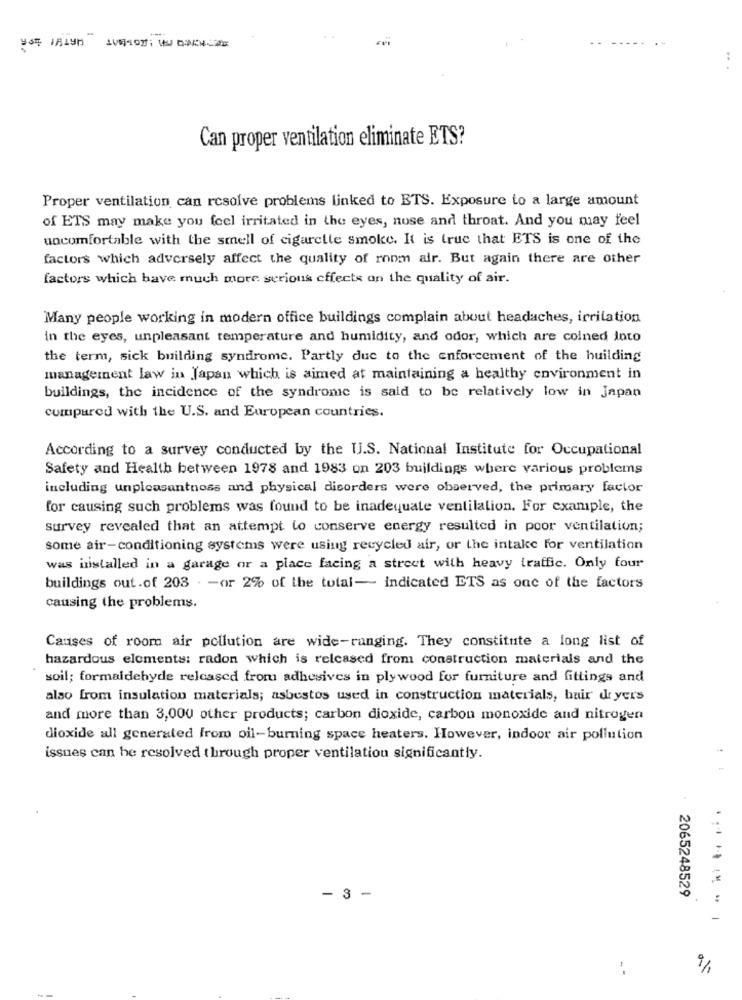
.. .
Can proper ventilation eliminate ETS?
Proper ventilation can rcsolve problems linked to ETS. Exposure to a large amount
of ETS may make you feel irritated in the eyes, nose and throat. And you may feel
uncomfortable with the smell of cigarette smoke. It is true that ETS is one of the
factors which adversely affect the quality of room air. But again there are other
factors which have much more serious effects on the quality of air.
Many people working in modern office buildings complain about headaches, irritation
in the eyes, unpleasant temperature and humidity, and odor, which are coined loto
the term, sick building syndrome. Partly due to the enforcement of the building
management law in Japan which is aimed at maintaining a healthy environment in
buildings, the incidence of the syndrome is said to be relatively low in Japan
compared with the U.S. and European countries.
According to a survey conducted by the U.S. National Institute for Occupational
Safety and Health between 1978 and 1983 on 203 buildings where various problems
including unpleasantnoss and physical disorders were observed, the primary factor
for causing such problems was found to be inadequate ventilation. For example, the
survey revealed that an attempt to conserve energy resulted in poor ventilation;
some air-conditioning systems were using recycled air, or the intake for ventilation
was installed in a garage or a place facing a street with heavy traffic. Only four
buildings out.of 203 . - or 2% of the total- indicated ETS as one of the factors
causing the problems.
Causes of room air pollution are wide-ranging. They constitute a long list of
hazardous elements: radon which is released from construction materials and the
soil; formaldehyde released from adhesives in plywood for furniture and fittings and
also from insulation materials; asbestos used in construction materials, hair dryers
and more than 3,000 other products; carbon dioxide, carbon monoxide and nitrogen
dioxide all generated from oil-burning space heaters. However, indoor air pollution
issues can be resolved through proper ventilation significantly.
- 3 -
2065248529
..... ...
-
9%